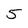
Character: 5